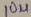
Text: 10µF